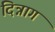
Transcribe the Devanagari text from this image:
दिन्नाग